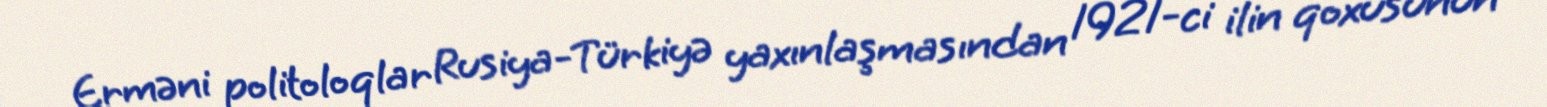
Erməni politoloqlar Rusiya-Türkiyə yaxınlaşmasından 1921-ci ilin qoxusunun